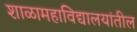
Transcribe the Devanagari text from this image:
शाळामहाविद्यालयांतील